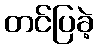
တင်ပြခဲ့